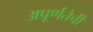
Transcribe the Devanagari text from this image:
अपूर्णतेची